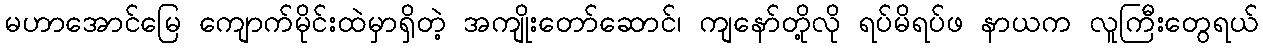
မဟာအောင်မြေ ကျောက်မိုင်းထဲမှာရှိတဲ့ အကျိုးတော်ဆောင်၊ ကျနော်တို့လို ရပ်မိရပ်ဖ နာယက လူကြီးတွေရယ်